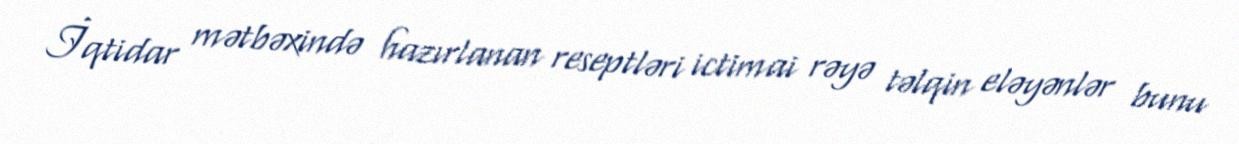
İqtidar mətbəxində hazırlanan reseptləri ictimai rəyə təlqin eləyənlər bunu